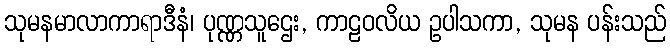
သုမနမာလာကာရာဒီနံ၊ ပုဏ္ဏသူဌေး, ကာဠဝလိယ ဥပါသကာ, သုမန ပန်းသည်